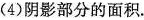
(4)阴影部分的面积.